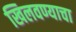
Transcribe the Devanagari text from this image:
खिलवण्याचा